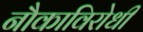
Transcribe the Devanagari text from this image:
नौकाविरोधी